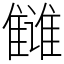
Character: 雠